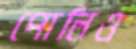
পোলিও